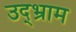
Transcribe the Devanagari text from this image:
उद्भ्राम